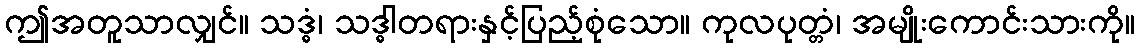
ဤအတူသာလျှင်။ သဒ္ဓံ၊ သဒ္ဓါတရားနှင့်ပြည့်စုံသော။ ကုလပုတ္တံ၊ အမျိုးကောင်းသားကို။